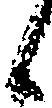
候